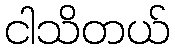
ငါသိတယ်